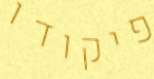
פיקודו